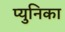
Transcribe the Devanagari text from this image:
प्युनिका